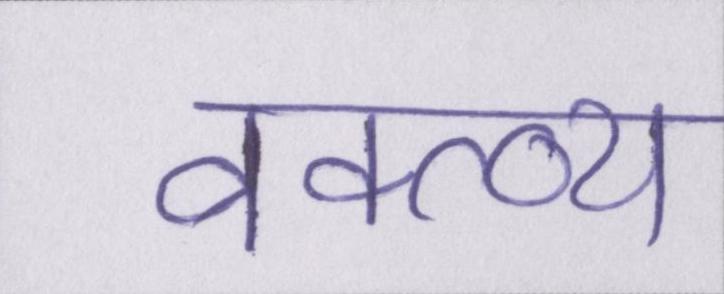
वक्त्व्य